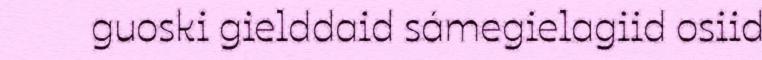
guoski gielddaid sámegielagiid osiid